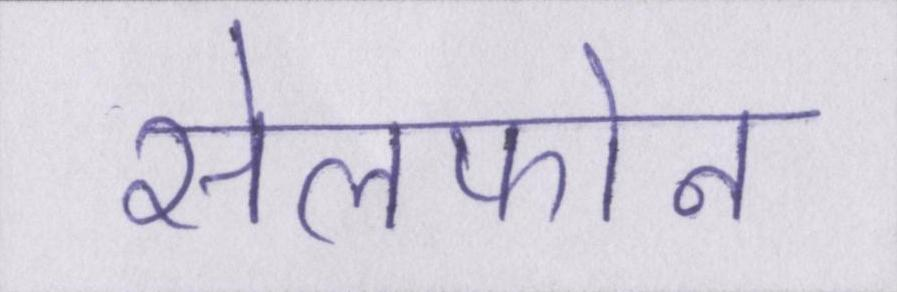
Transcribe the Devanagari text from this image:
सेलफोन